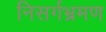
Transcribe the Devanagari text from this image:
निसर्गभ्रमण